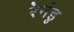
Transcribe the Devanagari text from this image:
रेनंडु